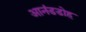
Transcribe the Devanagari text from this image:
आनंडडोह